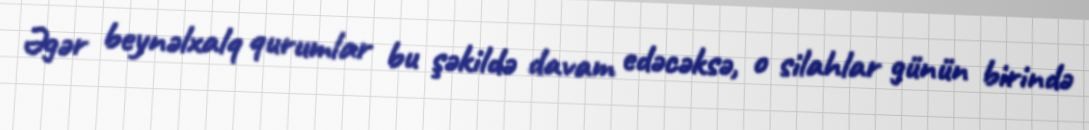
Əgər beynəlxalq qurumlar bu şəkildə davam edəcəksə, o silahlar günün birində